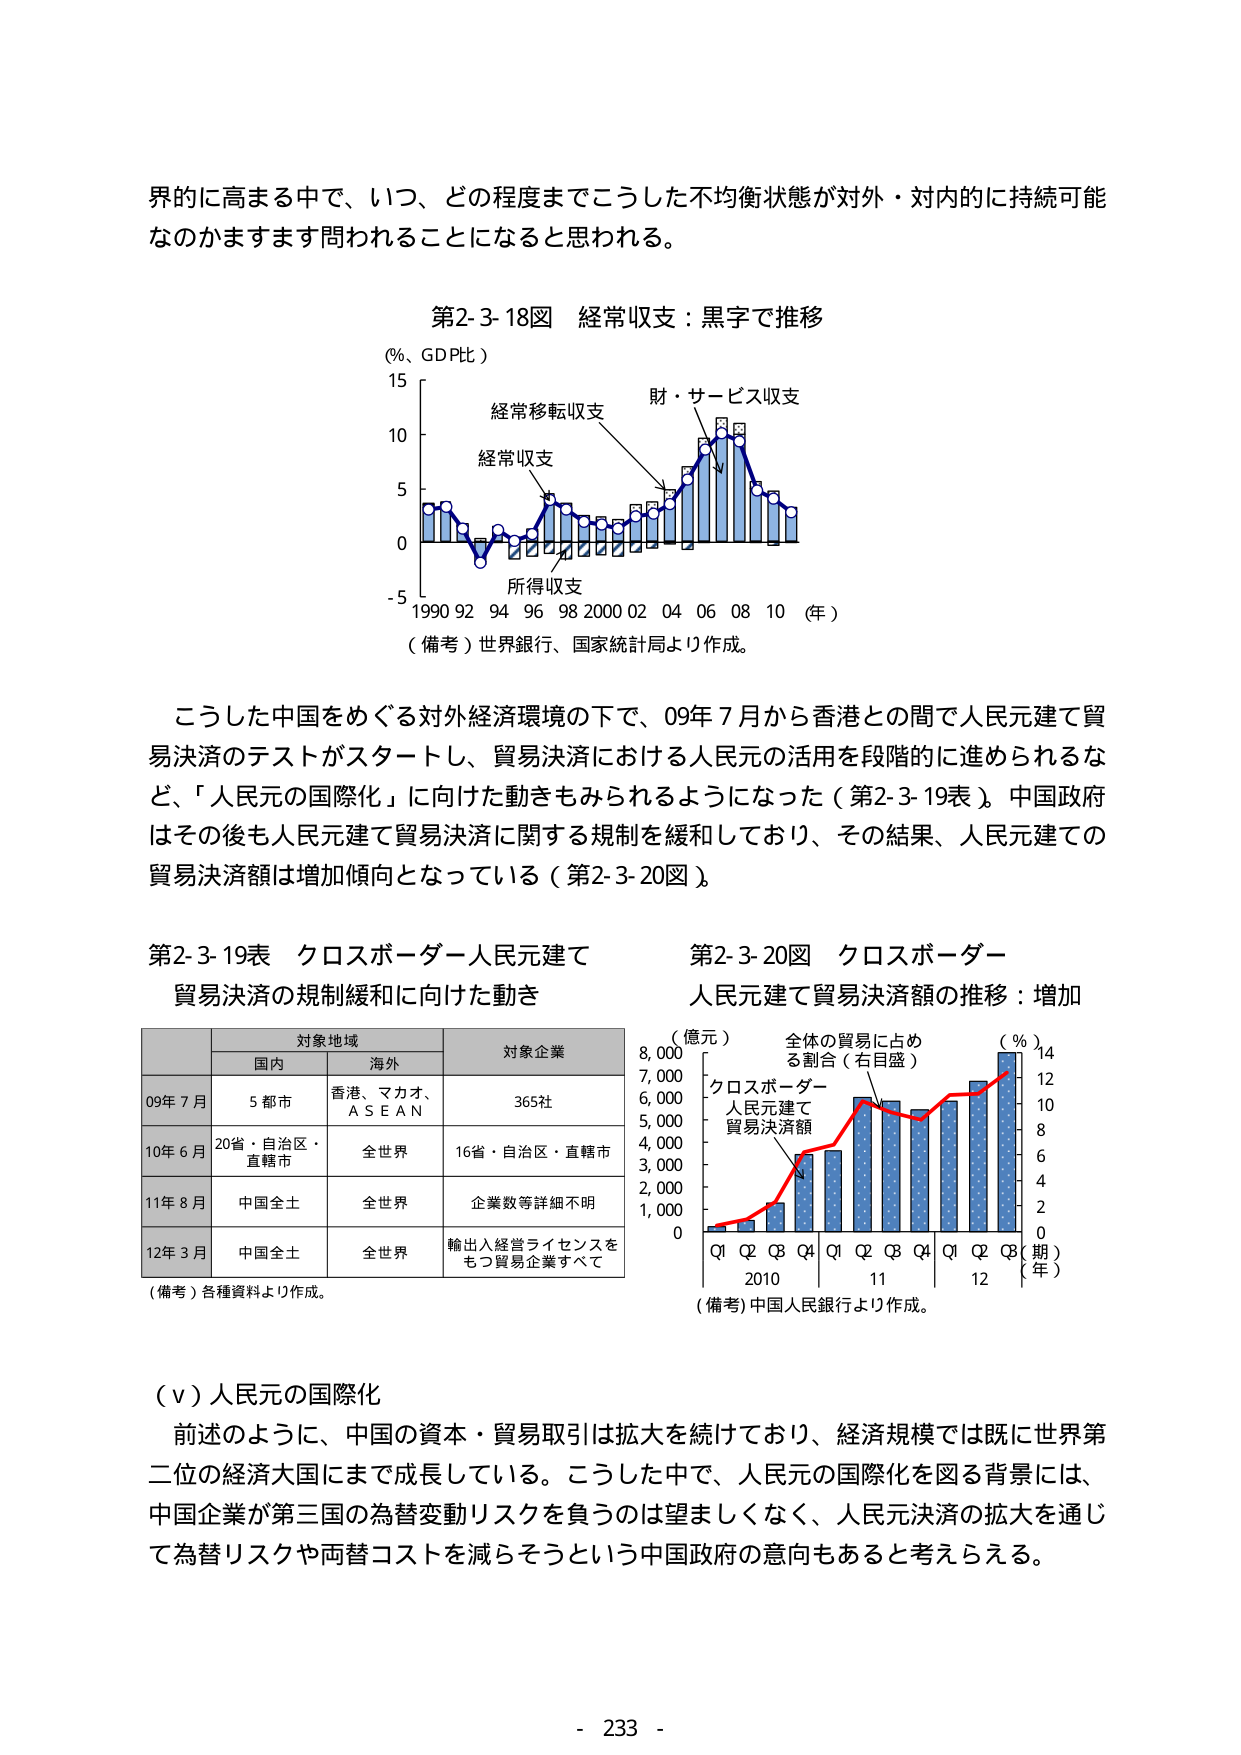
界的に高まる中で、いつ、どの程度までこうした不均衡状態が対外・対内的に持続可能なのかますます問われることになると思われる。

第2-3-18図 経常収支：黒字で推移
（％、GDP比）
15
10
5
0
-5
1990 92 94 96 98 2000 02 04 06 08 10（年）
（備考）世界銀行、国家統計局より作成。
経常移転収支
財・サービス収支
経常収支
所得収支

こうした中国をめぐる対外経済環境の下で、09年7月から香港との間で人民元建て貿易決済のテストがスタートし、貿易決済における人民元の活用を段階的に進められるなど、「人民元の国際化」に向けた動きもみられるようになった（第2-3-19表）。中国政府はその後も人民元建て貿易決済に関する規制を緩和しており、その結果、人民元建ての貿易決済額は増加傾向となっている（第2-3-20図）。

第2-3-19表 クロスボーダー人民元建て
貿易決済の規制緩和に向けた動き
対象地域
対象企業
国内
海外
09年7月
5都市
香港、マカオ、
A S E A N
365社
10年6月
20省・自治区・
直轄市
全世界
16省・自治区・直轄市
11年8月
中国全土
全世界
企業数等詳細不明
12年3月
中国全土
全世界
輸出入経営ライセンスを
もつ貿易企業すべて
（備考）各種資料より作成。

第2-3-20図 クロスボーダー
人民元建て貿易決済額の推移：増加
（億元）
8,000
7,000
6,000
5,000
4,000
3,000
2,000
1,000
0
Q1 Q2 Q3 Q4 Q1 Q2 Q3 Q4 Q1 Q2 Q3（期）
2010 11 12（年）
（％）
14
12
10
8
6
4
2
0
全体の貿易に占める割合（右目盛）
クロスボーダー
人民元建て
貿易決済額
（備考）中国人民銀行より作成。

（ⅴ）人民元の国際化
前述のように、中国の資本・貿易取引は拡大を続けており、経済規模では既に世界第二位の経済大国にまで成長している。こうした中で、人民元の国際化を図る背景には、中国企業が第三国の為替変動リスクを負うのは望ましくなく、人民元決済の拡大を通じて為替リスクや両替コストを減らそうという中国政府の意向もあると考えらえる。

- 233 -